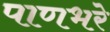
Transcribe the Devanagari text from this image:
पाणभरे